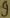
Text: 9